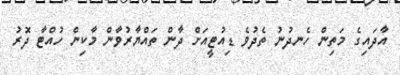
އާދައިގެ މަތިން ހެނދުނު ތެދުވެ ޑިއުޓީއަށް ދާން ތައްޔާރުވާން މާކިން ހުއްޓާ ދޮރު